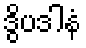
ဒွိပဒါနံ